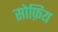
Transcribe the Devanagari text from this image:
सोफ़िय